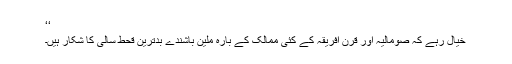
‘‘
خیال رہے کہ صومالیہ اور قرن افریقہ کے کئی ممالک کے بارہ ملین باشندے بدترین قحط سالی کا شکار ہیں۔